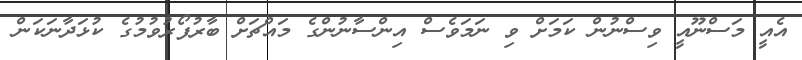
އެއީ މަސްނޫއީ ވިސްނުން ކަމަށް ވި ނަމަވެސް އިންސާނުންގެ މައްޗަށް ބާރުފޯރުވުމުގެ ކުޅަދާނަކަން